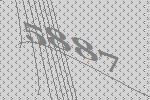
5887